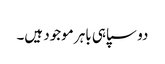
دو سپاہی باہر موجود ہیں۔